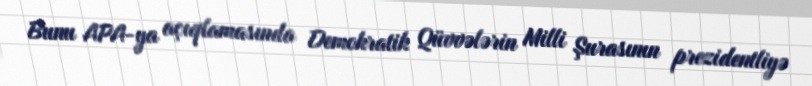
Bunu APA-ya açıqlamasında Demokratik Qüvvələrin Milli Şurasının prezidentliyə